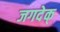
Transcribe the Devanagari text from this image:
जगदेक्